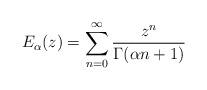
LaTeX: \begin{align*}E_\alpha(z)=\sum^\infty_{n=0} \frac{z^n}{\Gamma(\alpha n +1)}\end{align*}